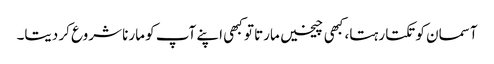
آسمان کو تکتا رہتا، کبھی چیخیں مارتا تو کبھی اپنے آپ کو مارنا شروع کر دیتا۔